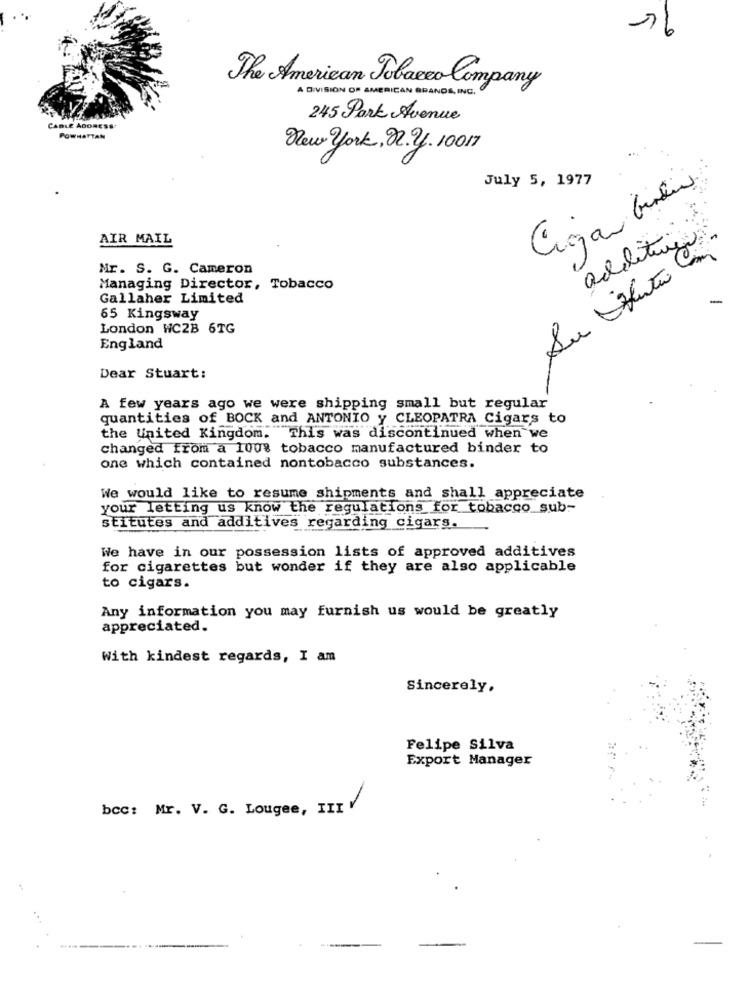
76
The American Tobacco Company
A DIVISION OF AMERICAN GRANDE, INC.
245 Park Avenue
CABLE ADDRESS
POWHATTAN
New york, 22. 2. 10017
July 5, 1977
AIR MAIL
addituça
Mr. S. G. Cameron
Managing Director, Tobacco
Gallaher Limited
65 Kingsway
London WC2B 6TG
England
Dear Stuart:
A few years ago we were shipping small but regular
quantities of BOCK and ANTONIO y CLEOPATRA Cigars to
the United Kingdom. This was discontinued when we
changed from a 100% tobacco manufactured binder to
one which contained nontobacco substances.
We would like to resume shipments and shall appreciate
your letting us know the regulations for tobacco sub-
stitutes and additives regarding cigars.
We have in our possession lists of approved additives
for cigarettes but wonder if they are also applicable
to cigars.
Any information you may furnish us would be greatly
appreciated.
With kindest regards, I am
Sincerely,
Felipe Silva
Export Manager
bcc: Mr. V. G. Lougee, III V